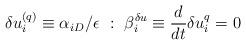
LaTeX: \begin{align*}\delta u^{(q)}_i \equiv {\alpha_i}_D /\epsilon~:~ \beta_i^{\delta u} \equiv \frac{d}{dt} \delta u_i^{q} =0 \end{align*}